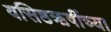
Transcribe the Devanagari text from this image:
वसिष्ठऋषींच्या